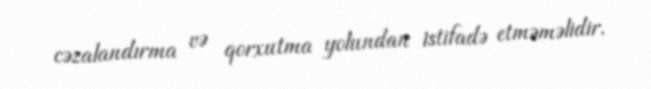
cəzalandırma və qorxutma yolundan istifadə etməməlidir.